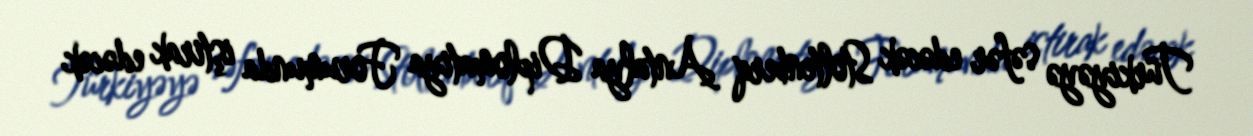
Türkiyəyə səfər edəcək Stoltenberq Antalya Diplomatiya Forumunda iştirak edəcək